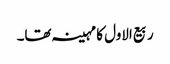
ربیع الاول کا مہینہ تھا۔